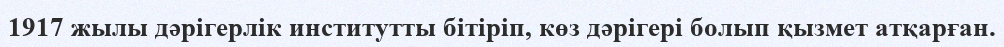
1917 жылы дәрігерлік институтты бітіріп, көз дәрігері болып қызмет атқарған.